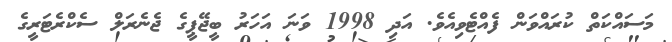
މަސައްކަތް ކުރައްވަން ފެއްޓެވިއެވެ. އަދި 1998 ވަނަ އަހަރު ބީޖޭޕީގެ ޖެނެރަލް ސެކްރެޓަރީގެ